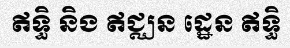
ឥទ្ធិ និង ឥជ្ឈន ដ្ឋេន ឥទ្ធិ